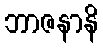
ဘာဇနာနိ